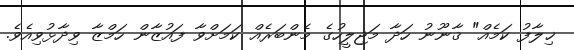
ޚިލާފު ކަމެއް" ޤާނޫނު ހަދާ މަޖިލީހުގެ މެންބަރެއް ކަމަށްވާ ފައުޒާން ހަމްޒާ ވިދާޅުވިއެވެ.